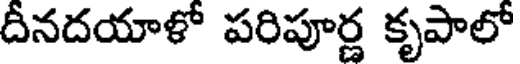
దీనదయాళో పరిపూర్ణ కృపాలో